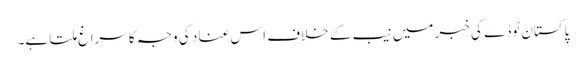
پاکستان ٹوڈے کی خبر میں نیب کے خلاف اس عناد کی وجہ کا سراغ ملتا ہے۔